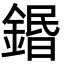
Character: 鍲